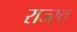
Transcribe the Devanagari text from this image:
राज्स्व